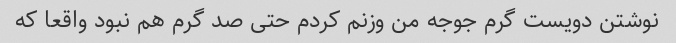
نوشتن دویست گرم جوجه من وزنم کردم حتی صد گرم هم نبود واقعا که